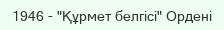
1946 - "Құрмет белгісі" Ордені